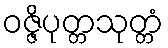
ဝဇ္ဇိပုတ္တသုတ္တံ